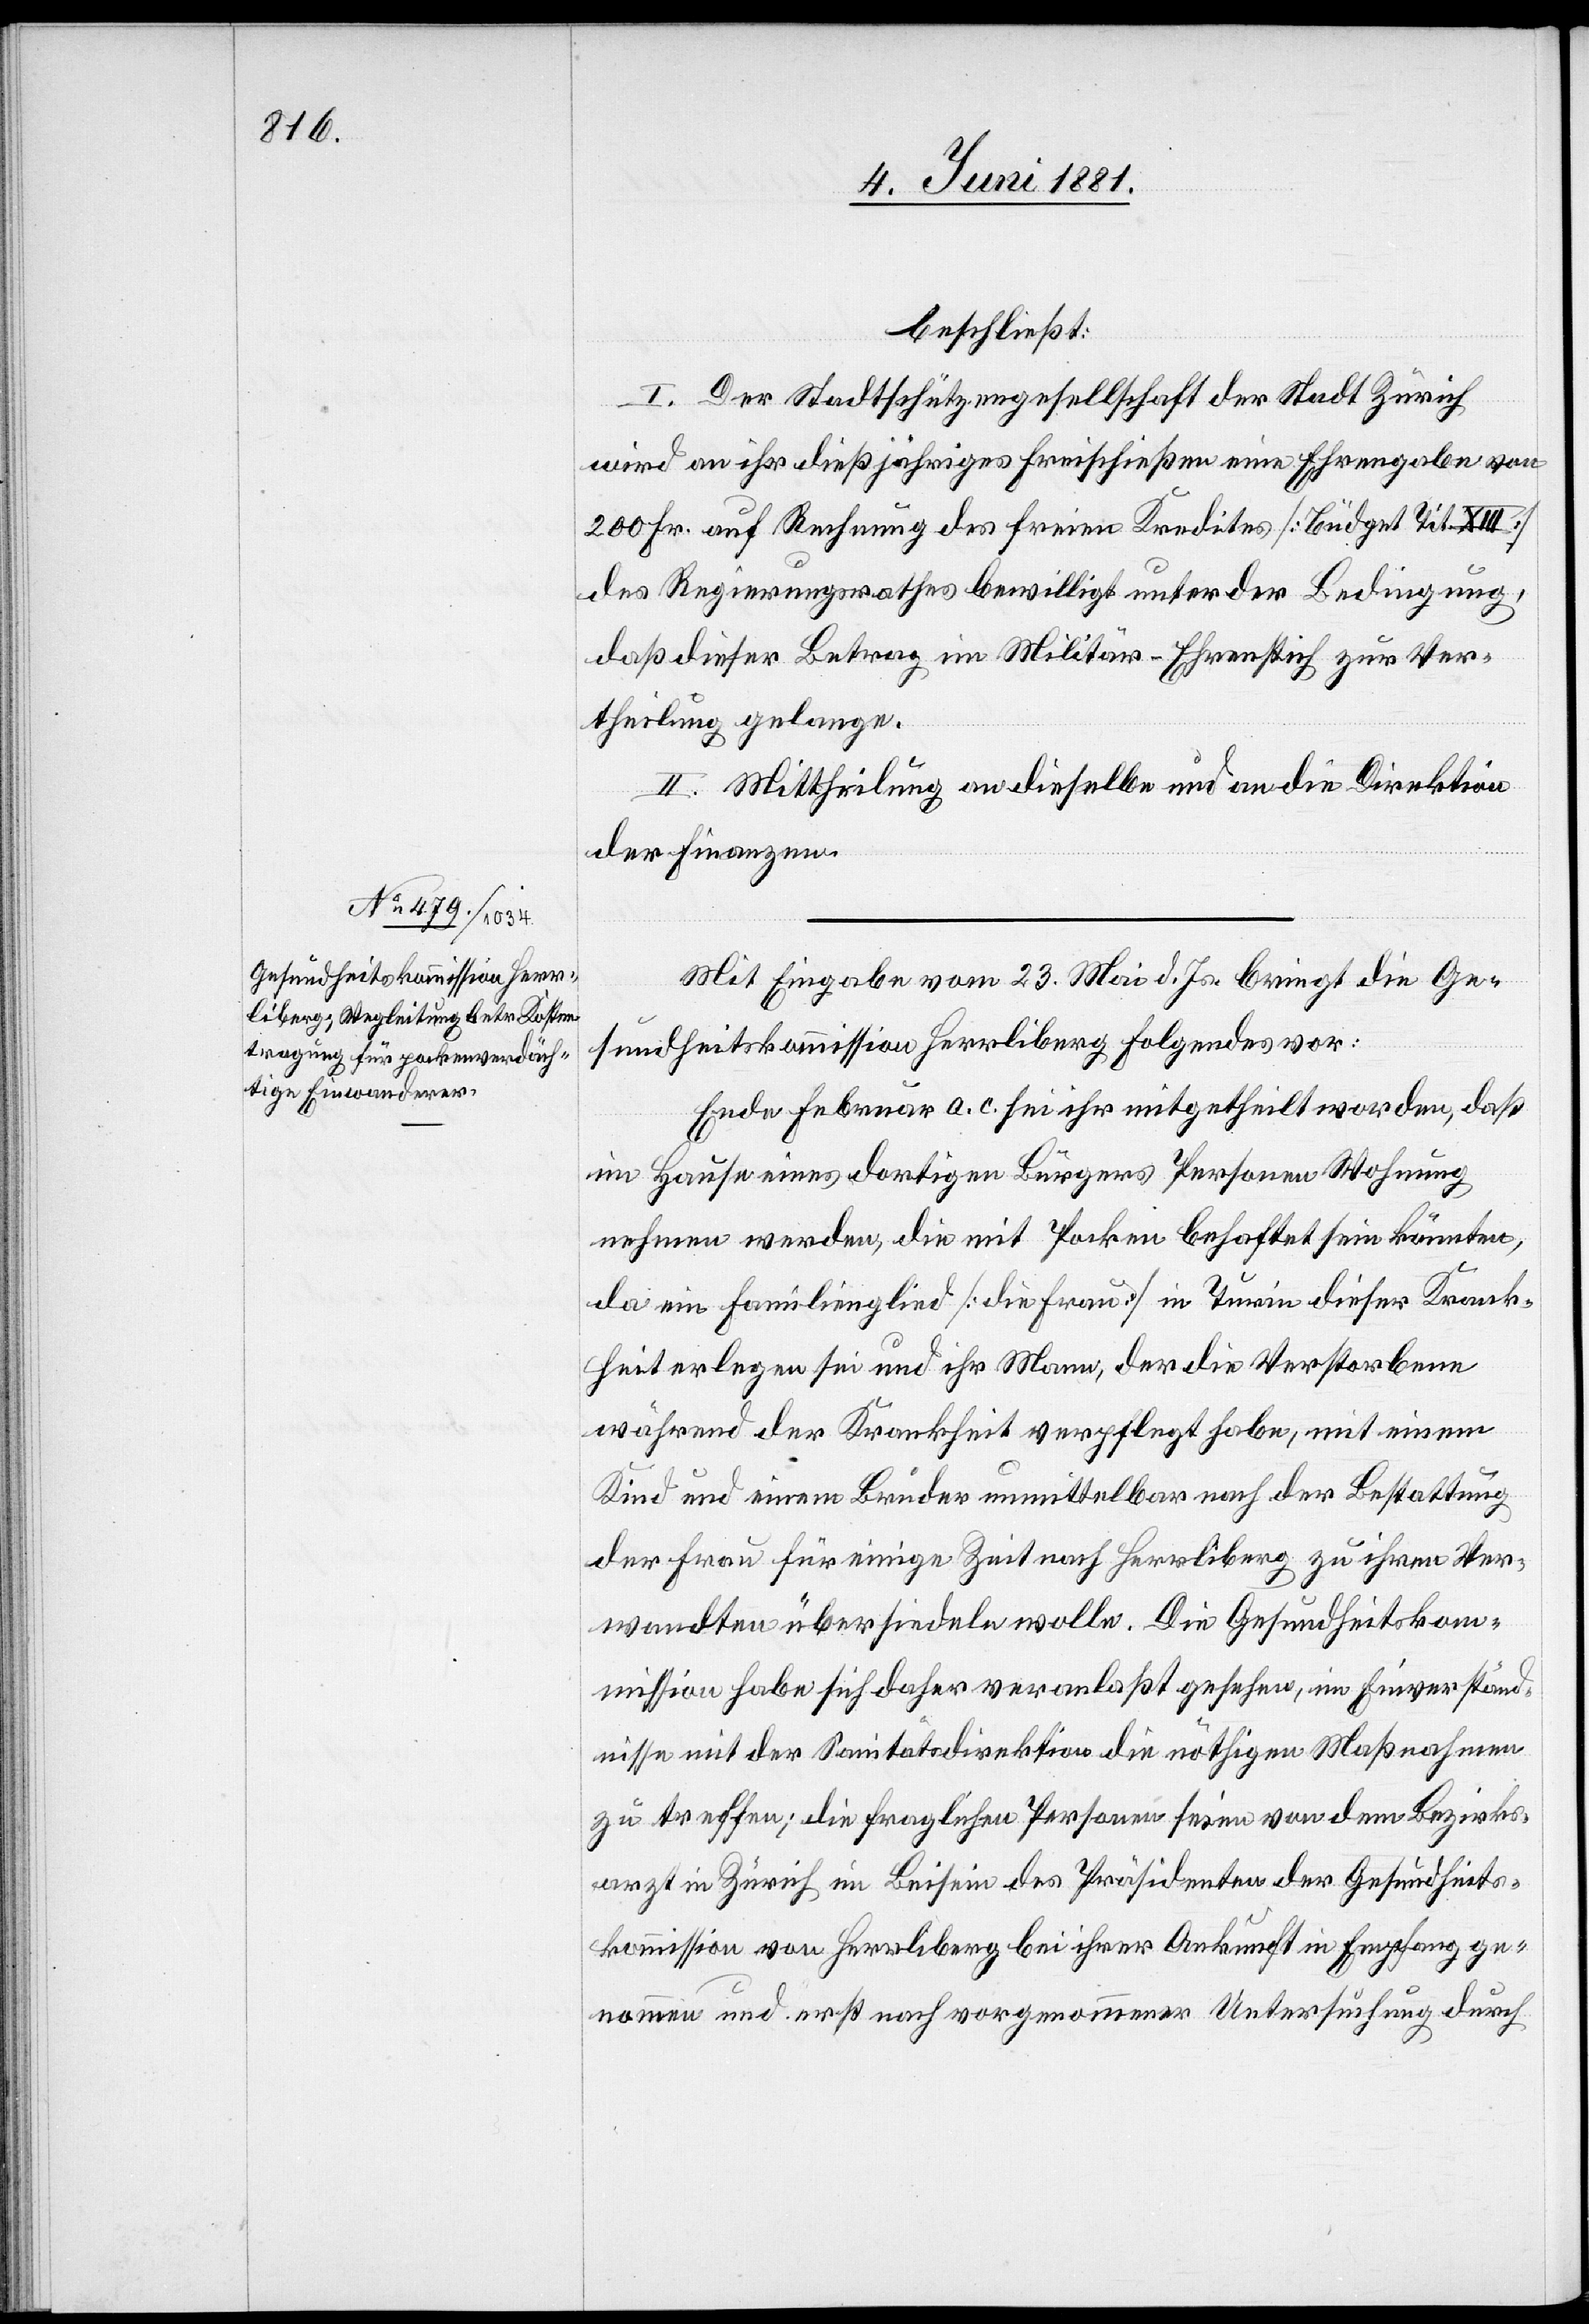
beschließt:
I. Der Stadtschützengesellschaft der Stadt Zürich
wird an ihr dießjähriges Freischießen eine Ehrengabe von
200 Fr. auf Rechnung des freien Kredites [Büdget Tit. XIII]
des Regierungsrathes bewilligt unter der Bedingung,
daß dieser Betrag im Militär-Ehrenstich zur Ver¬
theilung gelange.
II. Mittheilung an dieselbe und an die Direktion
der Finanzen.
Mit Eingabe vom 23. Mai d. Js. bringt die Ge¬
sundheitskommission Herrliberg folgendes vor:
Ende Februar a. c. sei ihr mitgetheilt worden, daß
im Hause eines dortigen Bürgers Personen Wohnung
nehmen werden, die mit Pocken behaftet sein könnten,
da ein Familienglied [die Frau] in Turin dieser Krank¬
heit erlegen sei und ihr Mann, der die Verstorbene
während der Krankheit verpflegt habe, mit einem
Kind und einem Bruder unmittelbar nach der Bestattung
der Frau für einige Zeit nach Herrliberg zu ihrem Ver¬
wandten übersiedeln wolle. Die Gesundheitskom¬
mission habe sich daher veranlaßt gesehen, im Einverständ¬
nisse mit der Sanitätsdirektion die nöthigen Maßnahmen
zu treffen; die fraglichen Personen seien von dem Bezirks¬
arzt in Zürich im Beisein des Präsidenten der Gesundheits¬
kommission von Herrliberg bei ihrer Ankunft in Empfang ge¬
nommen und erst nach vorgenommener Untersuchung durch